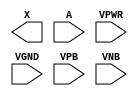
module sky130_fd_sc_lp__dlymetal6s6s (
    X   ,
    A   ,
    VPWR,
    VGND,
    VPB ,
    VNB
);

    output X   ;
    input  A   ;
    input  VPWR;
    input  VGND;
    input  VPB ;
    input  VNB ;
endmodule